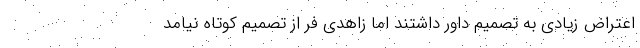
اعتراض زیادی به تصمیم داور داشتند اما زاهدی فر از تصمیم کوتاه نیامد